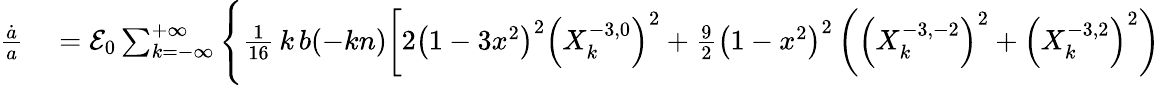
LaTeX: \begin{array}{rl}{\frac{\dot{a}}{a}}&{{}={\cal E}_{0}\sum_{k=-\infty}^{+\infty}\Bigg\{ \frac{1}{16}\, k\, b(-kn)\bigg[2\left(1-3x^{2}\right)^{2}\left(X_{k}^{-3,0}\right)^{2}+\frac 92\left(1-x^{2}\right)^{2}\left(\left(X_{k}^{-3,-2}\right)^{2}+\left(X_{k}^{-3,2}\right)^{2}\right)}\end{array}